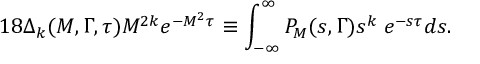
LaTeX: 1 8 \Delta _ { k } ( M , \Gamma , \tau ) M ^ { 2 k } e ^ { - M ^ { 2 } \tau } \equiv \int _ { - \infty } ^ { \infty } P _ { M } ( s , \Gamma ) s ^ { k } \; e ^ { - s \tau } d s .